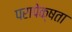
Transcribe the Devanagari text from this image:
परापेक्षता